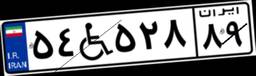
۷۹W۹۲۷۱۲